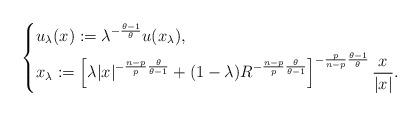
LaTeX: \begin{align*}\left\{\begin{aligned} & u_{\lambda}(x) := \lambda^{-\frac{\theta-1}{\theta}}u(x_{\lambda}), \\ & x_{\lambda} := \left[ \lambda |x|^{-\frac{n-p}{p}\frac{\theta}{\theta-1}}+(1-\lambda)R^{-\frac{n-p}{p}\frac{\theta}{\theta-1}} \right]^{-\frac{p}{n-p}\frac{\theta-1}{\theta}}\frac{x}{|x|}.\end{aligned}\right.\end{align*}